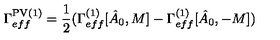
\Gamma _ { e f f } ^ { \mathrm { P V } ( 1 ) } = { \frac { 1 } { 2 } } ( \Gamma _ { e f f } ^ { ( 1 ) } [ \hat { A } _ { 0 } , M ] - \Gamma _ { e f f } ^ { ( 1 ) } [ \hat { A } _ { 0 } , - M ] )